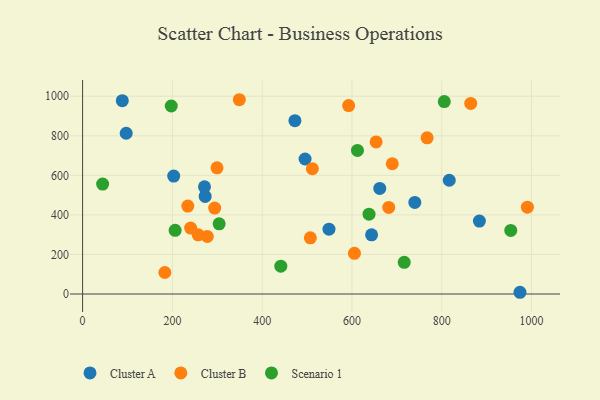
{"axis": {"x": "Engine Size", "y": "Fuel Efficiency"}, "legend": ["Cluster A", "Cluster B", "Scenario 1"], "data": [{"x": "495.5", "y": 682.5, "type": "Cluster A"}, {"x": "88.4", "y": 977.5, "type": "Cluster A"}, {"x": "883.8", "y": 368.9, "type": "Cluster A"}, {"x": "472.9", "y": 876.4, "type": "Cluster A"}, {"x": "816.7", "y": 575.1, "type": "Cluster A"}, {"x": "548.8", "y": 327.8, "type": "Cluster A"}, {"x": "740.0", "y": 462.9, "type": "Cluster A"}, {"x": "271.5", "y": 541.7, "type": "Cluster A"}, {"x": "661.9", "y": 533.9, "type": "Cluster A"}, {"x": "974.2", "y": 8.7, "type": "Cluster A"}, {"x": "643.7", "y": 299.4, "type": "Cluster A"}, {"x": "273.0", "y": 493.3, "type": "Cluster A"}, {"x": "97.1", "y": 812.9, "type": "Cluster A"}, {"x": "202.9", "y": 596.1, "type": "Cluster A"}, {"x": "689.8", "y": 658.6, "type": "Cluster B"}, {"x": "234.3", "y": 444.4, "type": "Cluster B"}, {"x": "277.8", "y": 290.7, "type": "Cluster B"}, {"x": "864.5", "y": 963.8, "type": "Cluster B"}, {"x": "240.6", "y": 333.5, "type": "Cluster B"}, {"x": "511.8", "y": 633.5, "type": "Cluster B"}, {"x": "653.8", "y": 769.0, "type": "Cluster B"}, {"x": "605.5", "y": 205.8, "type": "Cluster B"}, {"x": "183.2", "y": 108.8, "type": "Cluster B"}, {"x": "294.2", "y": 434.5, "type": "Cluster B"}, {"x": "592.6", "y": 952.6, "type": "Cluster B"}, {"x": "990.7", "y": 439.0, "type": "Cluster B"}, {"x": "507.3", "y": 284.0, "type": "Cluster B"}, {"x": "767.4", "y": 789.8, "type": "Cluster B"}, {"x": "349.1", "y": 982.3, "type": "Cluster B"}, {"x": "681.9", "y": 437.9, "type": "Cluster B"}, {"x": "299.4", "y": 638.1, "type": "Cluster B"}, {"x": "257.5", "y": 299.2, "type": "Cluster B"}, {"x": "206.1", "y": 322.1, "type": "Scenario 1"}, {"x": "612.2", "y": 726.0, "type": "Scenario 1"}, {"x": "197.5", "y": 950.6, "type": "Scenario 1"}, {"x": "304.1", "y": 354.6, "type": "Scenario 1"}, {"x": "44.6", "y": 555.7, "type": "Scenario 1"}, {"x": "441.5", "y": 140.9, "type": "Scenario 1"}, {"x": "805.6", "y": 972.7, "type": "Scenario 1"}, {"x": "953.7", "y": 321.6, "type": "Scenario 1"}, {"x": "716.4", "y": 160.3, "type": "Scenario 1"}, {"x": "638.0", "y": 403.5, "type": "Scenario 1"}]}